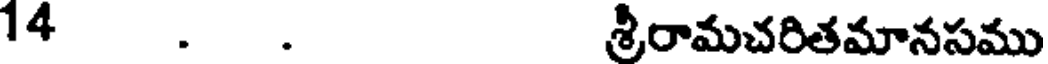
14 . . శ్రీరామచరితమానసము